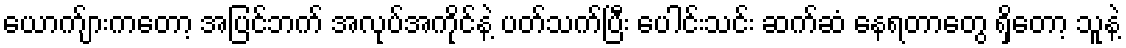
ယောက်ျားကတော့ အပြင်ဘက် အလုပ်အကိုင်နဲ့ ပတ်သက်ပြီး ပေါင်းသင်း ဆက်ဆံ နေရတာတွေ ရှိတော့ သူနဲ့